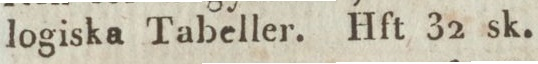
logiska Tabeller. Hft 32 sk.